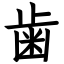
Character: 歯